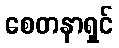
စေတနာရှင်